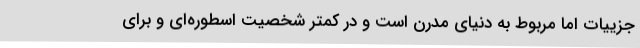
جزییات اما مربوط به دنیای مدرن است و در کمتر شخصیت اسطوره‌ای و برای